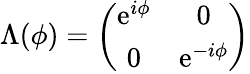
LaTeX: \Lambda(\phi)=\left(\begin{array}{cc}{{\mathrm{e}^{i\phi}}}&{{0}}\\ {{0}}&{{\mathrm{e}^{-i\phi}}}\end{array}\right)